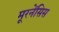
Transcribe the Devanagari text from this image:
मूरनेंसिस